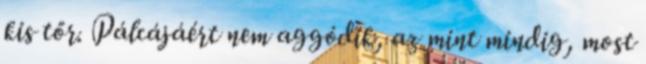
kis tőr. Pálcájáért nem aggódik, az mint mindig, most